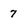
Character: 7